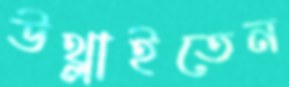
উথ্‌লাইতেন